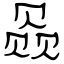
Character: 赑